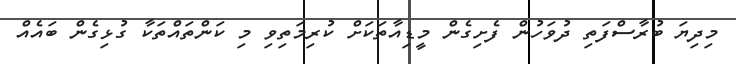
މިދިޔަ ބުރާސްފަތި ދުވަހުން ފެށިގެން މީޑިއާތަކަށް ކުރިމަތިވި މި ކަންތައްތަކާ ގުޅިގެން ބައެއް